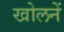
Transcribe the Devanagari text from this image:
खोलनें